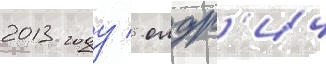
2013 году / олдр'ич